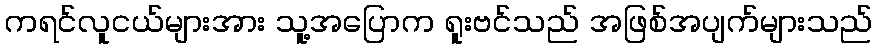
ကရင်လူငယ်များအား သူ့အပြောက ရူးဗင်သည် အဖြစ်အပျက်များသည်